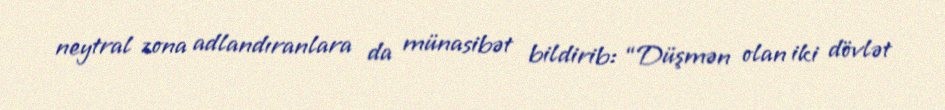
neytral zona adlandıranlara da münasibət bildirib: “Düşmən olan iki dövlət